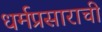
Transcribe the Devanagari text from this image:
धर्मप्रसाराची